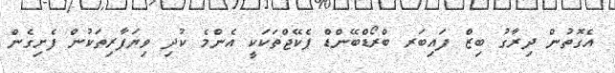
އެގޮތުން ދިރާގު ބިޒް ފައިބަރ ބްރޯޑްބޭންޑް ޕެކޭޖްތަކަކީ އެންމެ ކުދި ވިޔަފާރިތަކުން ފެށިގެން